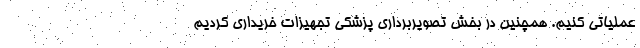
عملیاتی کنیم. همچنین در بخش تصویربرداری پزشکی تجهیزات خریداری کردیم